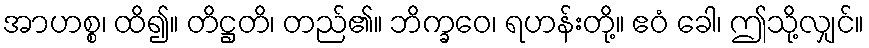
အာဟစ္စ၊ ထိ၍။ တိဋ္ဌတိ၊ တည်၏။ ဘိက္ခဝေ၊ ရဟန်းတို့။ ဧဝံ ခေါ၊ ဤသို့လျှင်။